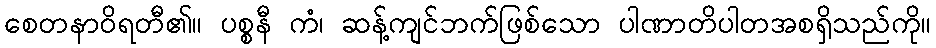
စေတနာဝိရတီ၏။ ပစ္စနီ ကံ၊ ဆန့်ကျင်ဘက်ဖြစ်သော ပါဏာတိပါတအစရှိသည်ကို။